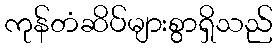
ကုန်တံဆိပ်များစွာရှိသည်